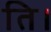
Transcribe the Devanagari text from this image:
ति।